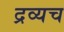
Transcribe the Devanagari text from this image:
द्रव्यच